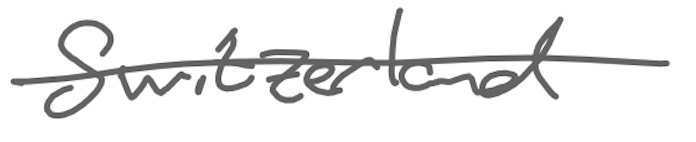
Text: Switzerland
Cross-out: single-line
Writing tool: digital_gray